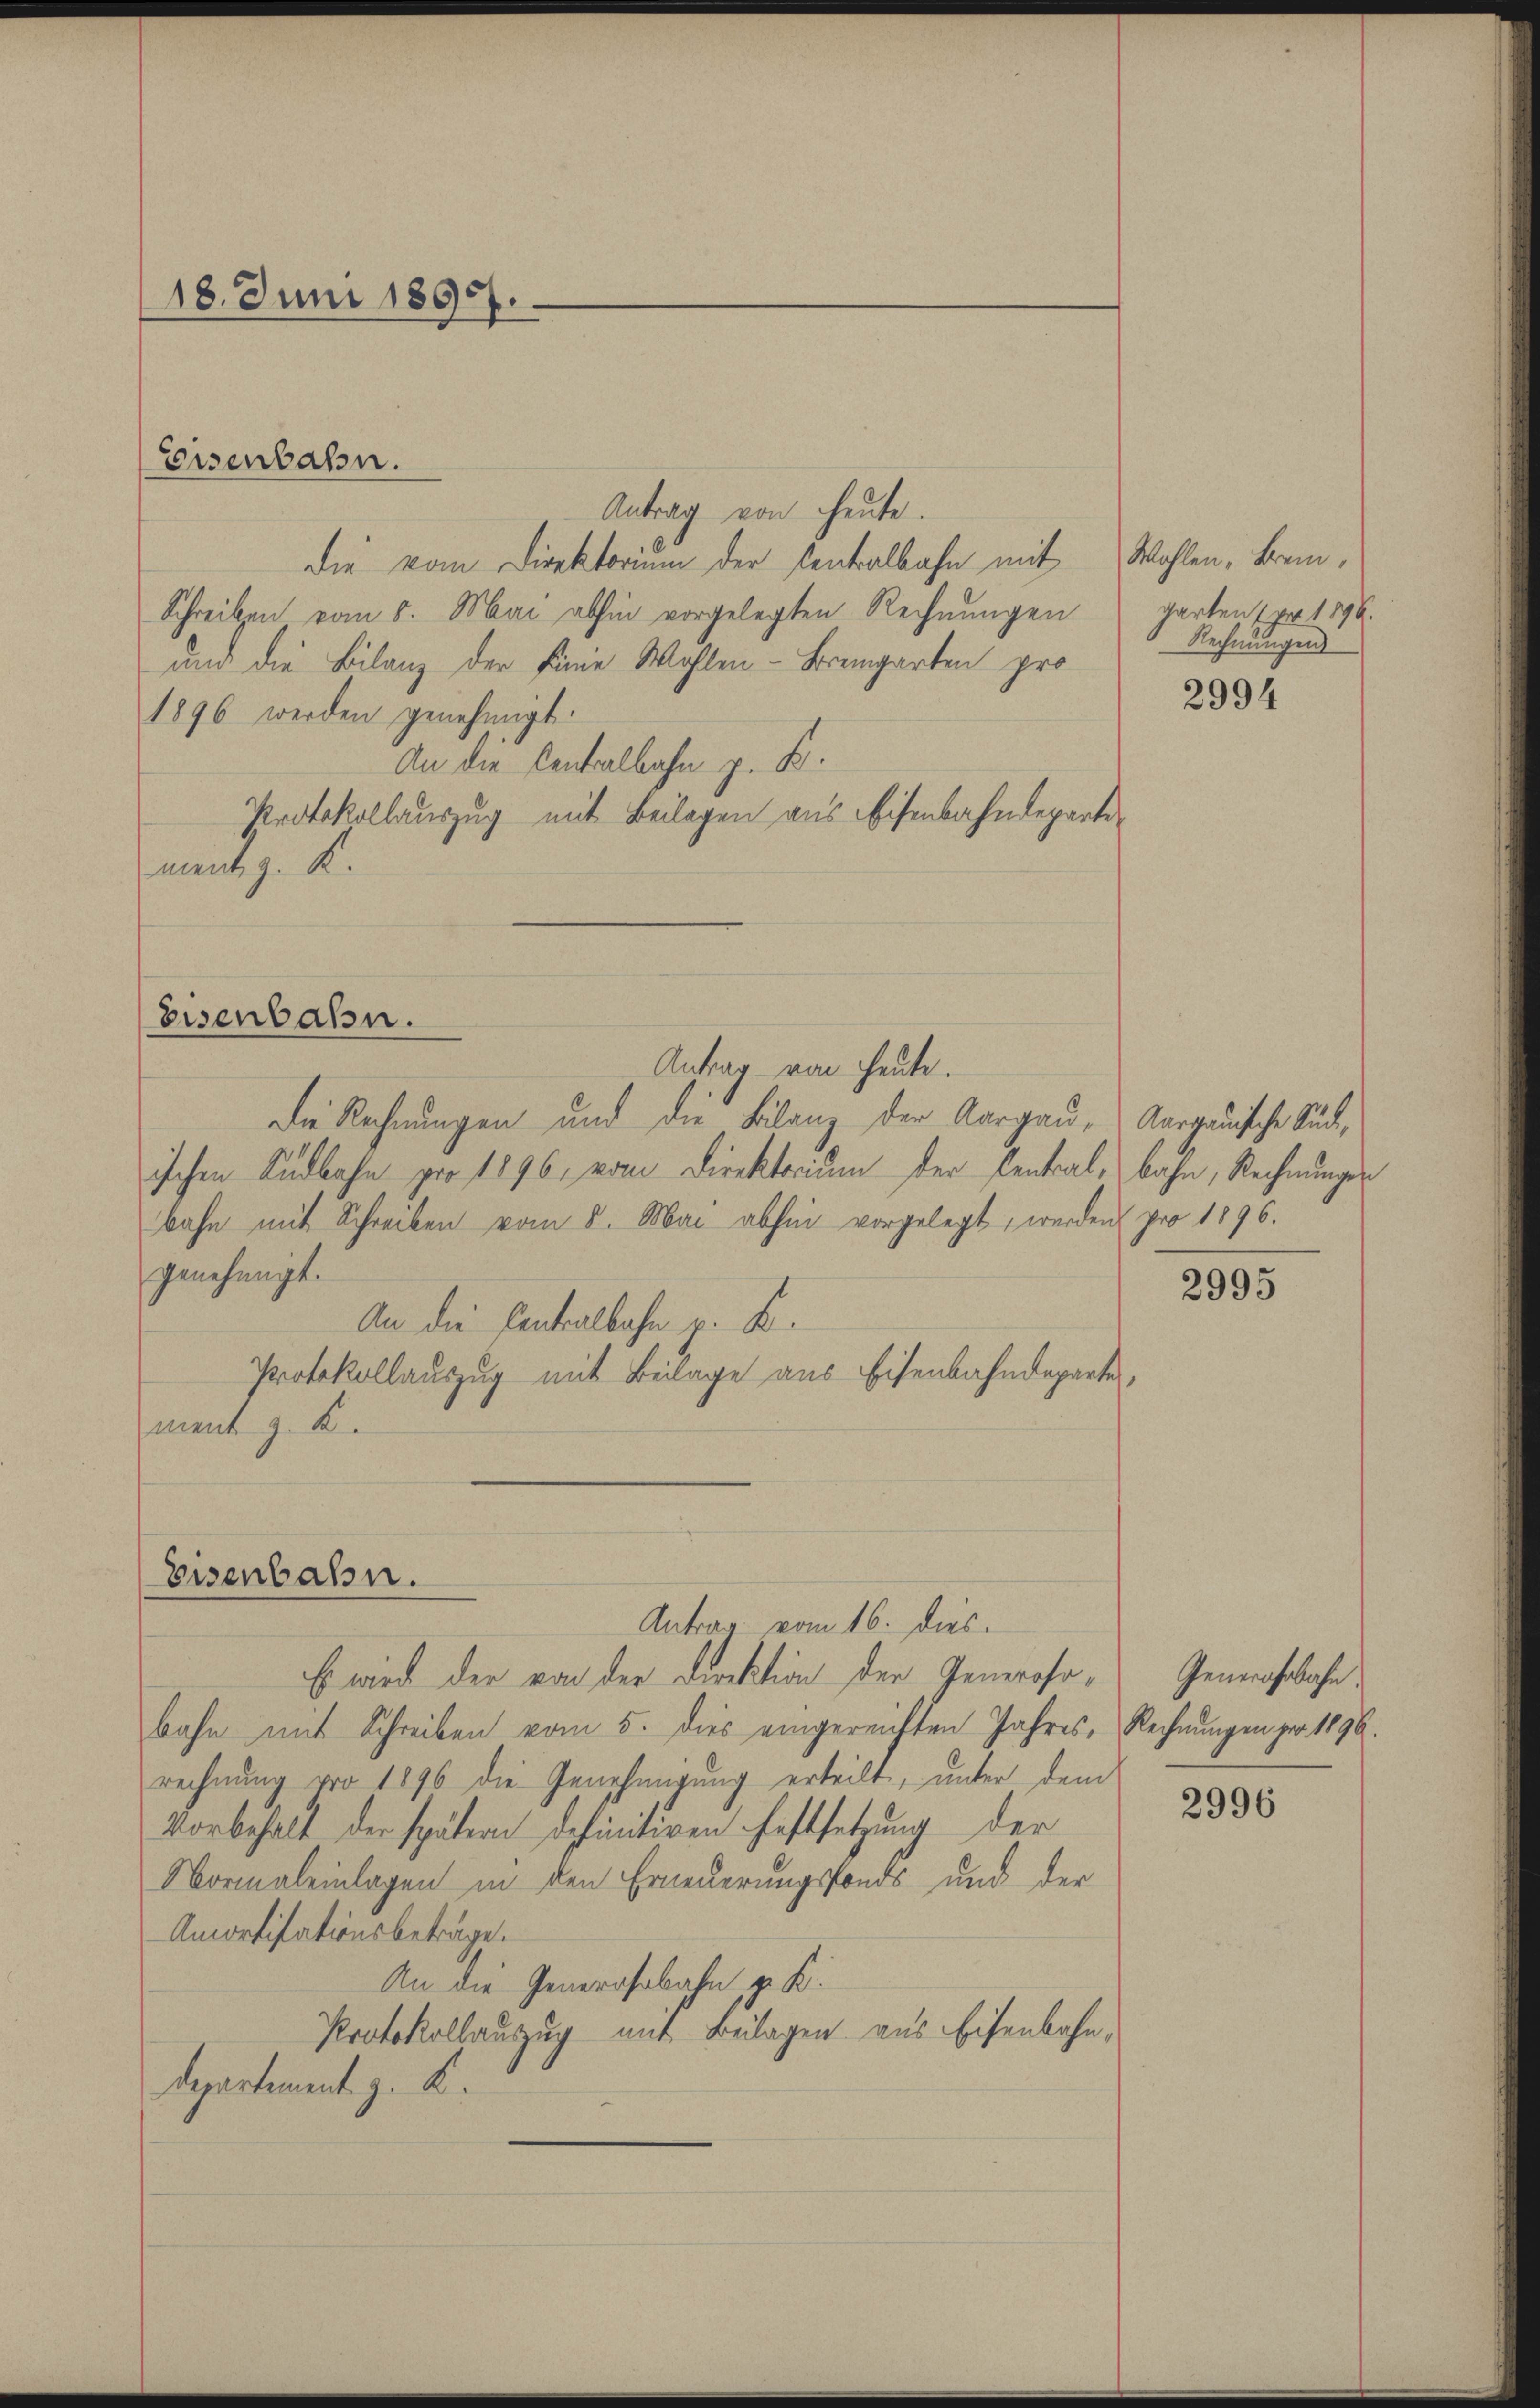
18. Juni 1897.

Antrag von heute.
die vom Direktorium der sentalbahn mit
Schreiben vom 8. Mai abhin vorgelegten Rechnungen
und die Bilanz der Linie Wahlen-Bremgarten pro
1896 werden genehmigt.
An die Centralbahn z. B.
Protokollauszug mit Beilagen aus Eisenbahndeparte
ment z. K.

Eisenbahn.

Antrag von heute.
Die Rechnungen und die Bilanz der Aargau, Aargauische Südischen Südbahn pro 1896, vom Direktorium der Centralbahn, Rechnunges
bahn mit Schreiben vom 8. Mai abhin vorgelegt, werden pro 1896.
genehmigt.
An die Centralbahn p. K.
Protokollauszug mit Beilage aus Eisenbahndeparte,
ment z. K

Eisenbahn.

Eisenbahn.
Antrag vom 16. dies

Wahlen, Brem,
garten (pro 1896.
Rechnungen

Es wird der von der Direktion der Generahrbahn mit Schreiben vom 5. dies eingereichten Jahres, Rechnungen pro 1896.
rechnung pro 1896 die Genehmigung erteilt, unter dem
Vorbehalt der spätern definitiven Festsetzung der
Normaleinlagen in den Erneuerungsfonds und der
Amortisationsbeträge.
An die Generassbahn ge K.
Protokollauszug mit Beilagen aus Eisenbahn,
Departement z. B.

2994

2995

Generahrbahn.

2996